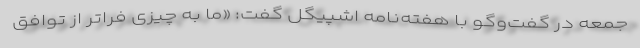
جمعه در گفت‌وگو با هفته‌نامه اشپیگل گفت: «ما به چیزی فراتر از توافق